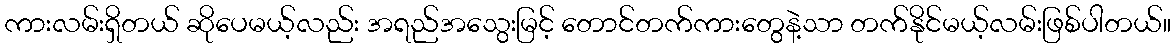
ကားလမ်းရှိတယ် ဆိုပေမယ့်လည်း အရည်အသွေးမြင့် တောင်တက်ကားတွေနဲ့သာ တက်နိုင်မယ့်လမ်းဖြစ်ပါတယ်။